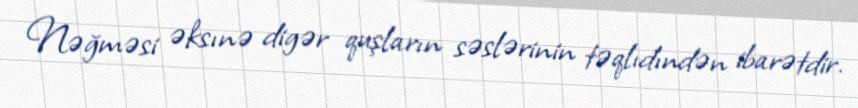
Nəğməsi əksınə digər quşların səslərinin təqlıdındən ibarətdir.